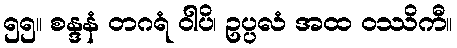
၅၅။ စန္ဒနံ တဂရံ ဝါပိ၊ ဥပ္ပလံ အထ ဝဿိကီ။